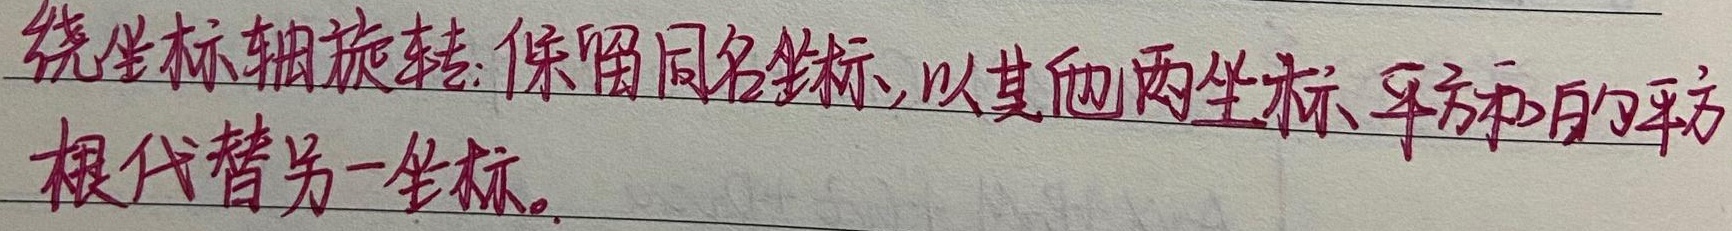
绕坐标轴旋转：保留同名坐标，以其他两坐标平方和的平方根代替另一坐标。